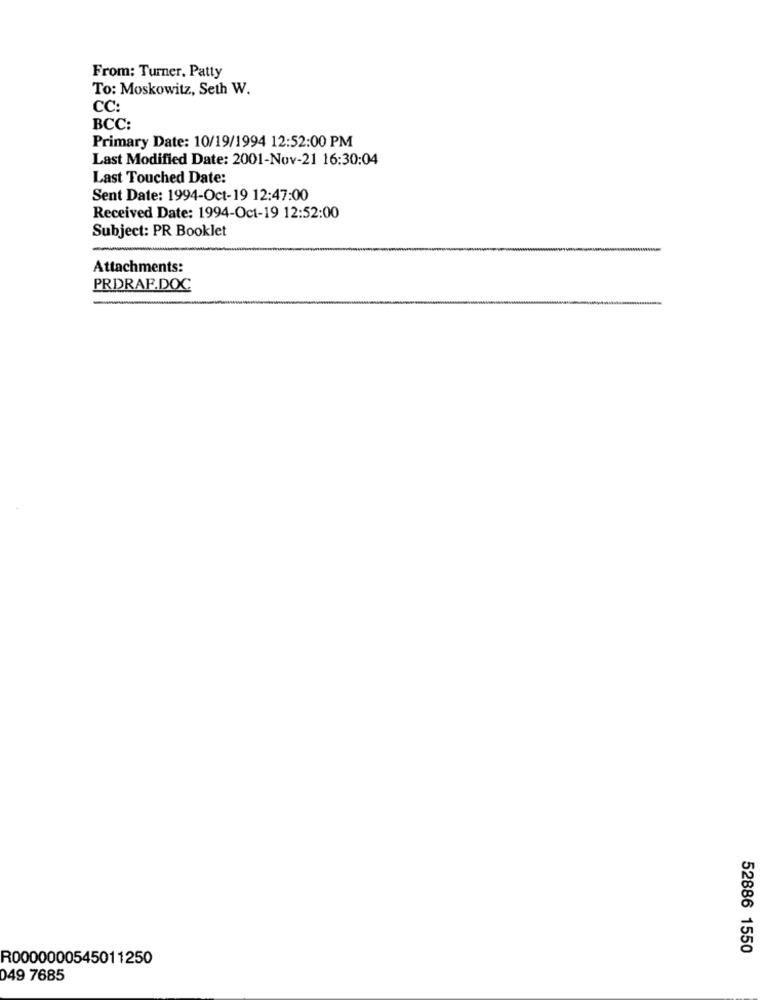
From: Turner, Patty
To: Moskowitz, Seth W.
CC:
BCC:
Primary Date: 10/19/1994 12:52:00 PM
Last Modified Date: 2001-Nov-21 16:30:04
Last Touched Date:
Sent Date: 1994-Oct-19 12:47:00
Received Date: 1994-Oct-19 12:52:00
Subject: PR Booklet
Attachments:
PRDRAF.DOC
52886 1550
R0000000545011250
049 7685